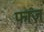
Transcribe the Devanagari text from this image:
फाज